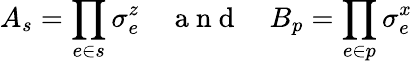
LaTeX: A_{s}=\prod_{e\in s}\sigma_{e}^{z}\quad\mathrm{~a~n~d~}\quad B_{p}=\prod_{e\in p}\sigma_{e}^{x}